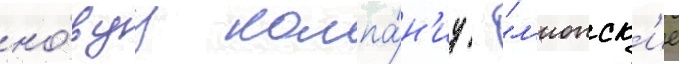
но́вуу компа́н'иу - "л'ионск'ие